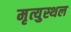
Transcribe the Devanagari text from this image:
मृत्युस्थल